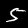
Digit: 5